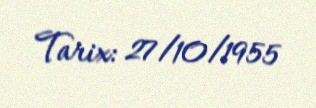
Tarix: 27/10/1955